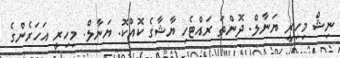
ނިޝް މިހިރީ ޔަނާލް. ދޮންތަ ރައްޓެހި ޔާޝާގެ ކޮއްކޮ. ޔަނާލް. މިހިރީ އަހަރެންގެ